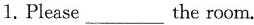
1.Please___the room.